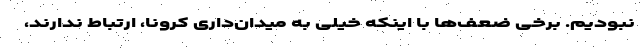
نبودیم. برخی ضعف‌ها با اینکه خیلی به میدان‌داری کرونا، ارتباط ندارند،